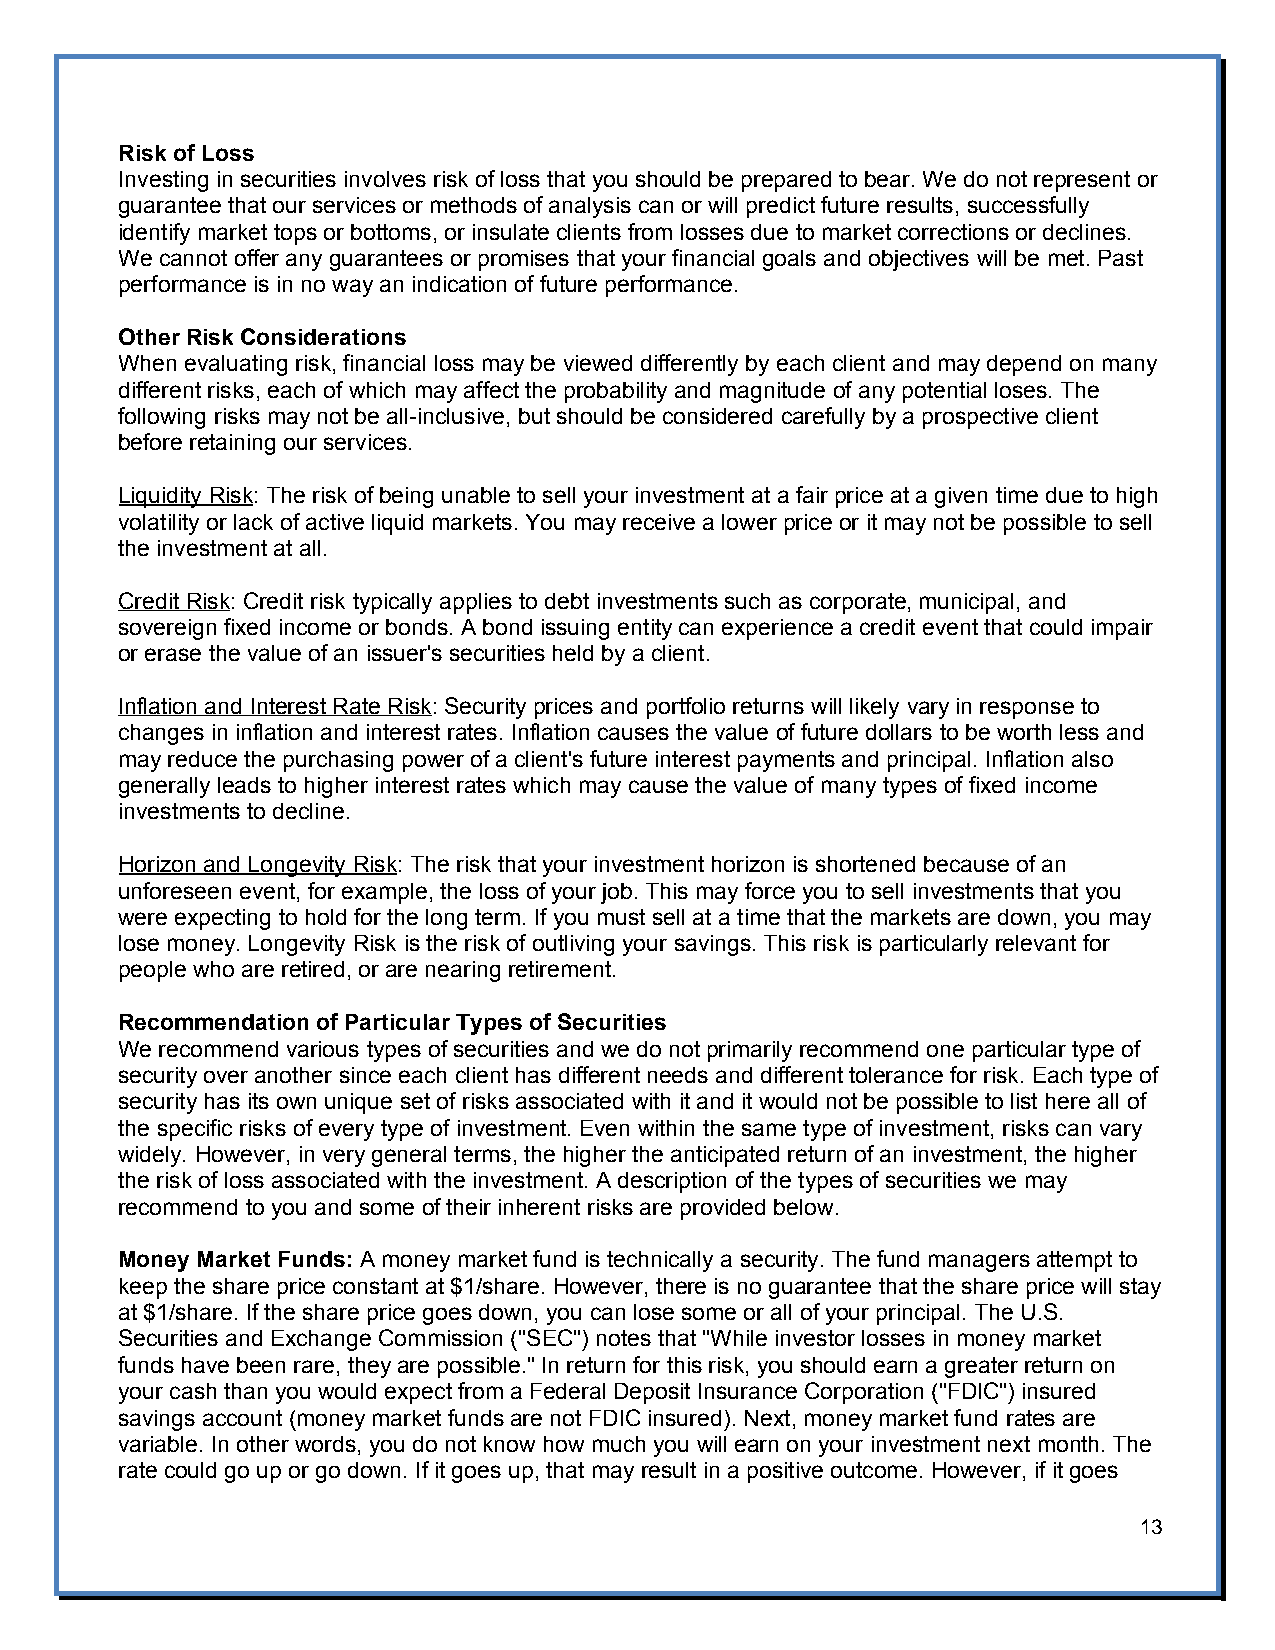
Risk of Loss
 Investing in securities involves risk of loss that you should be prepared to bear. We do not represent or
 guarantee that our services or methods of analysis can or will predict future results, successfully
 identify market tops or bottoms, or insulate clients from losses due to market corrections or declines.
 We cannot offer any guarantees or promises that your financial goals and objectives will be met. Past
 performance is in no way an indication of future performance.
 Other Risk Considerations
 When evaluating risk, financial loss may be viewed differently by each client and may depend on many
 different risks, each of which may affect the probability and magnitude of any potential loses. The
 following risks may not be all-inclusive, but should be considered carefully by a prospective client
 before retaining our services.
 Liquidity Risk: The risk of being unable to sell your investment at a fair price at a given time due to high
 volatility or lack of active liquid markets. You may receive a lower price or it may not be possible to sell
 the investment at all.
 Credit Risk: Credit risk typically applies to debt investments such as corporate, municipal, and
 sovereign fixed income or bonds. A bond issuing entity can experience a credit event that could impair
 or erase the value of an issuer's securities held by a client.
 Inflation and Interest Rate Risk: Security prices and portfolio returns will likely vary in response to
 changes in inflation and interest rates. Inflation causes the value of future dollars to be worth less and
 may reduce the purchasing power of a client's future interest payments and principal. Inflation also
 generally leads to higher interest rates which may cause the value of many types of fixed income
 investments to decline.
 Horizon and Longevity Risk: The risk that your investment horizon is shortened because of an
 unforeseen event, for example, the loss of your job. This may force you to sell investments that you
 were expecting to hold for the long term. If you must sell at a time that the markets are down, you may
 lose money. Longevity Risk is the risk of outliving your savings. This risk is particularly relevant for
 people who are retired, or are nearing retirement.
 Recommendation of Particular Types of Securities
 We recommend various types of securities and we do not primarily recommend one particular type of
 security over another since each client has different needs and different tolerance for risk. Each type of
 security has its own unique set of risks associated with it and it would not be possible to list here all of
 the specific risks of every type of investment. Even within the same type of investment, risks can vary
 widely. However, in very general terms, the higher the anticipated return of an investment, the higher
 the risk of loss associated with the investment. A description of the types of securities we may
 recommend to you and some of their inherent risks are provided below.
 Money Market Funds: A money market fund is technically a security. The fund managers attempt to
 keep the share price constant at $1/share. However, there is no guarantee that the share price will stay
 at $1/share. If the share price goes down, you can lose some or all of your principal. The U.S.
 Securities and Exchange Commission ("SEC") notes that "While investor losses in money market
 funds have been rare, they are possible." In return for this risk, you should earn a greater return on
 your cash than you would expect from a Federal Deposit Insurance Corporation ("FDIC") insured
 savings account (money market funds are not FDIC insured). Next, money market fund rates are
 variable. In other words, you do not know how much you will earn on your investment next month. The
 rate could go up or go down. If it goes up, that may result in a positive outcome. However, if it goes
 13